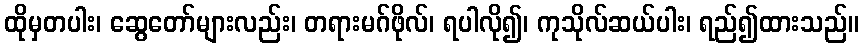
ထိုမှတပါး၊ ဆွေတော်များလည်း၊ တရားမဂ်ဖိုလ်၊ ရပါလို၍၊ ကုသိုလ်ဆယ်ပါး၊ ရည်၍ထားသည်။